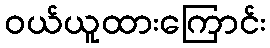
ဝယ်ယူထားကြောင်း